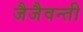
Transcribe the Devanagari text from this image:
जैजैवन्ती